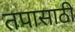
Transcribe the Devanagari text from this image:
तपासाठी